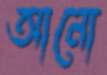
আনো